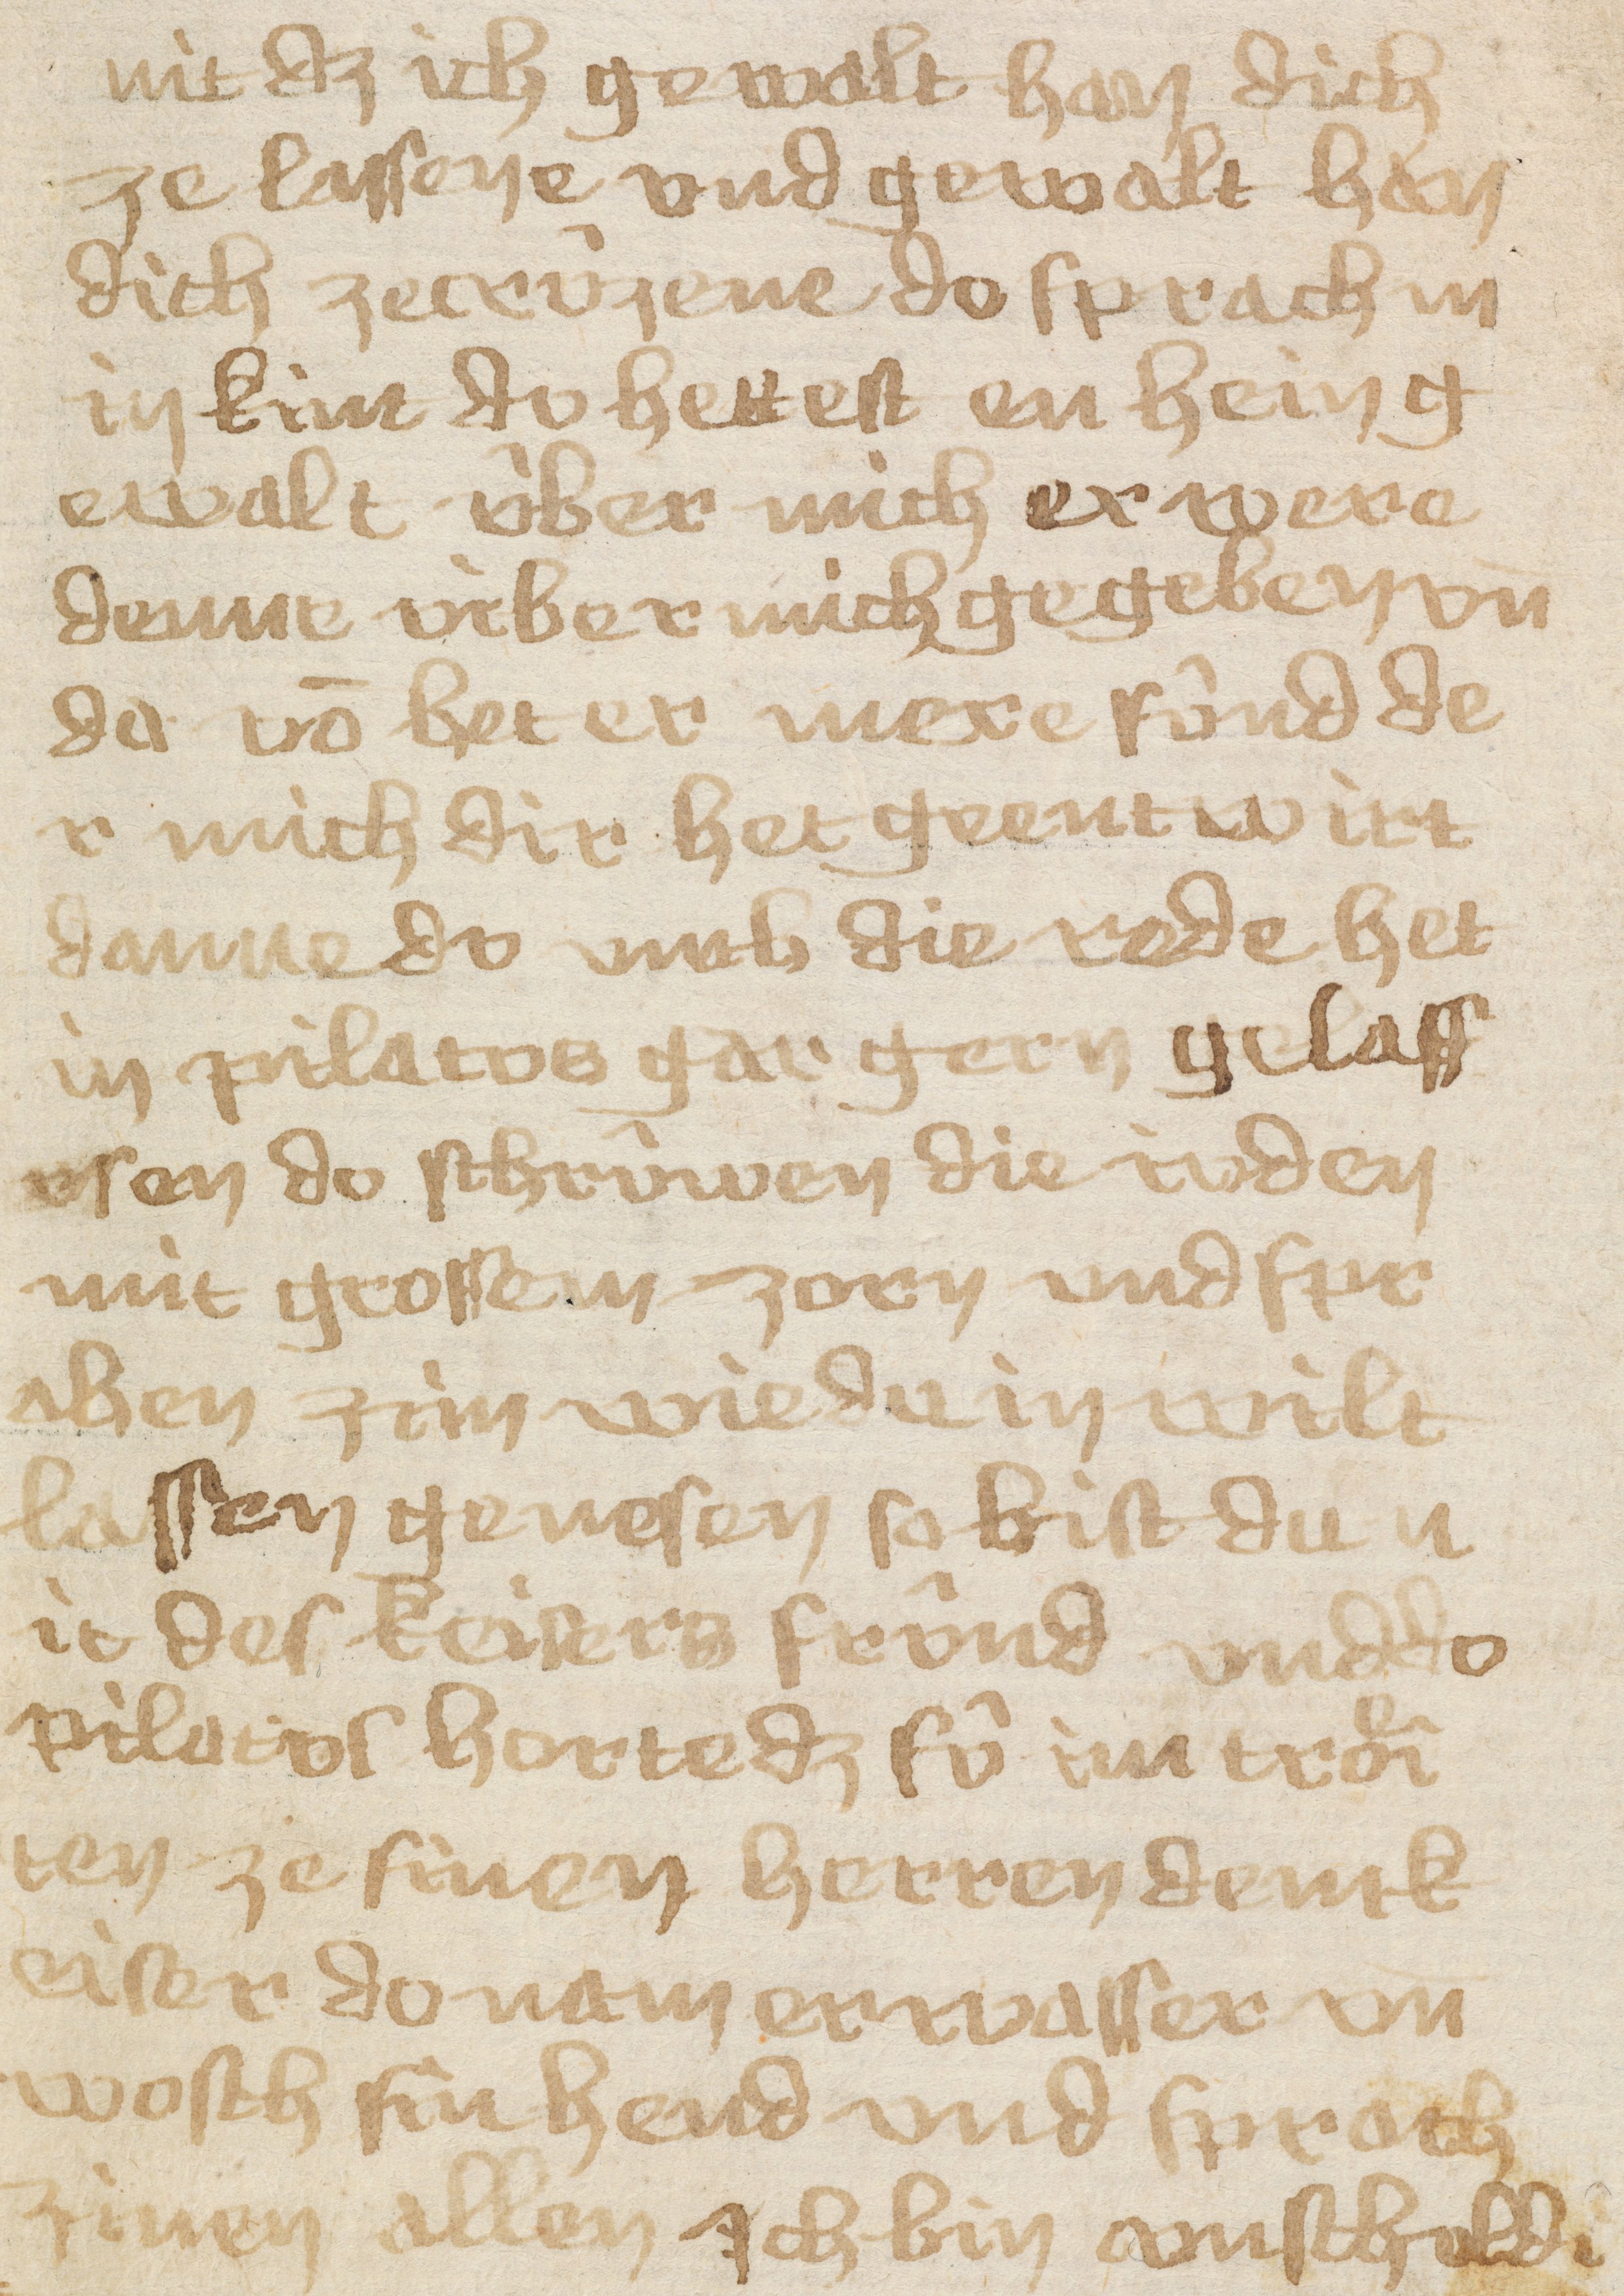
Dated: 1433–1465